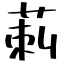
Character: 莿